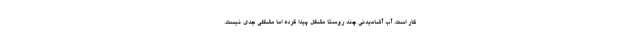
کار است. آب آشامیدنی چند روستا مشکل پیدا کرده اما مشکلی جدی نیست.